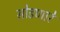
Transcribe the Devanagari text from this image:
सोडणारे